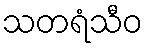
သတရံသီဝ